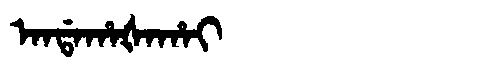
Manchu: ᠠᠨᡩᠠᡥᠠᡧᠠᡥᠠᡳ
Romanization: ANDAHAŠAHAI